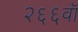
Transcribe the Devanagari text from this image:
२६६वॉ